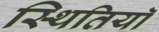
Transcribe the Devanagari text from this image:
स्थितियॉ